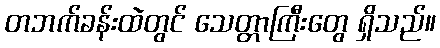
တဘက်ခန်းထဲတွင် သေတ္တာကြီးတွေ ရှိသည်။